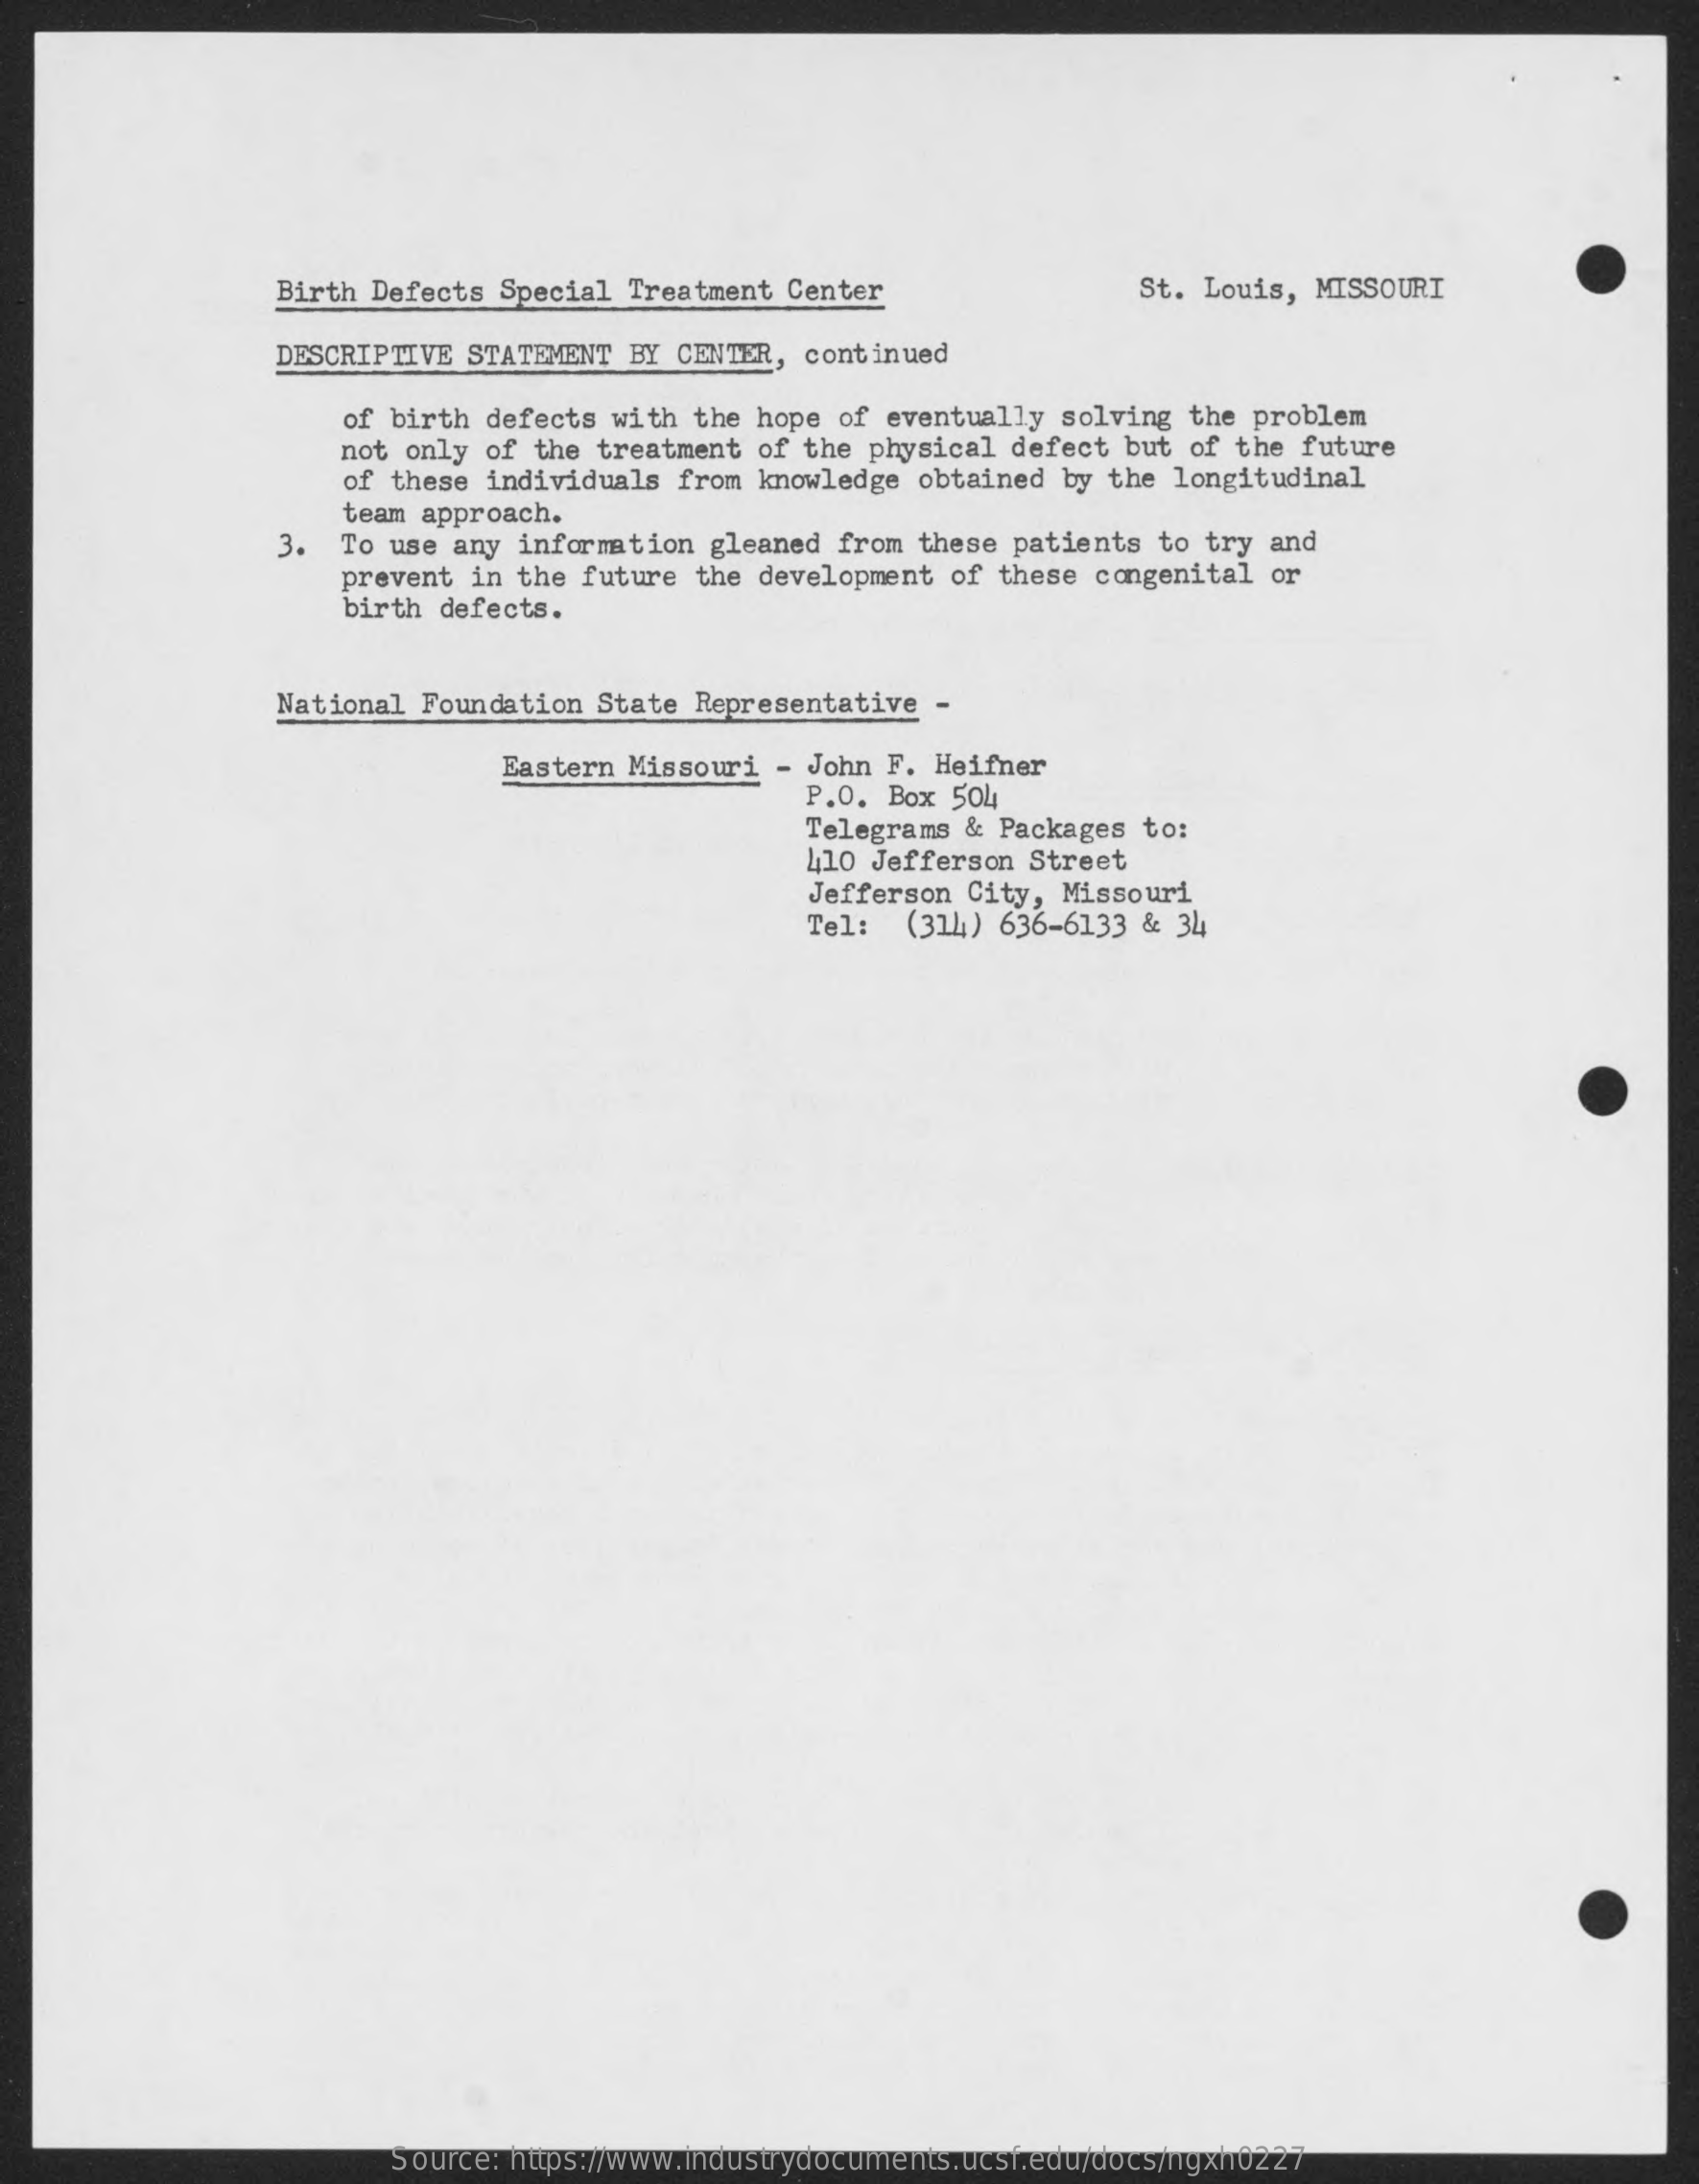
Birth Defects Special  Treatment Center    St. Louis, MISSOURI
     DESCRIPTIVE STATEMENT  BY CENTER, continued
     of birth defects with the hope of eventually  solving the problem
     not only of  the treatment of the physical defect  but of the future
     of these individuals from knowledge obtained  by the longitudinal
     team approach.
     3.  To use any information  gleaned from  these patients to try and
     prevent in  the future the development of  these congenital or
     birth defects.
     National Foundation  State Representative  -
     Eastern Missouri - John F. Heifner
     P.O. Box  504
     Telegrams & Packages  to:
     410 Jefferson Street
     Jefferson City,  Missouri
     Tel:   (314) 636-6133 & 34
     Source: https://www.industrydocuments.ucsf.edu/docs/ngxh0227